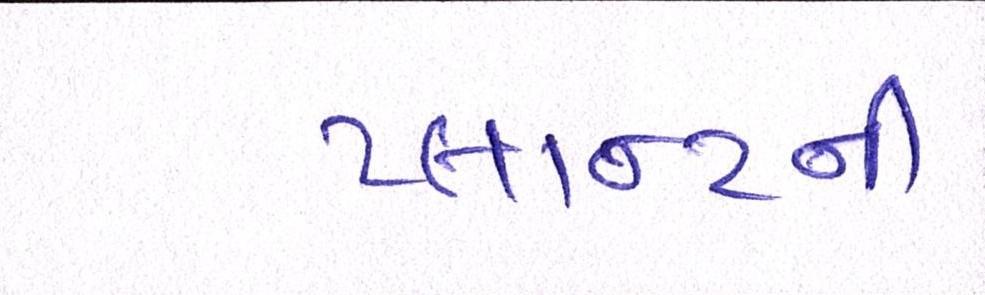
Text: પ્લાન્ટની